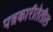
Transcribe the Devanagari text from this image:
पत्रकारीतेतील